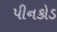
પીનકોડ